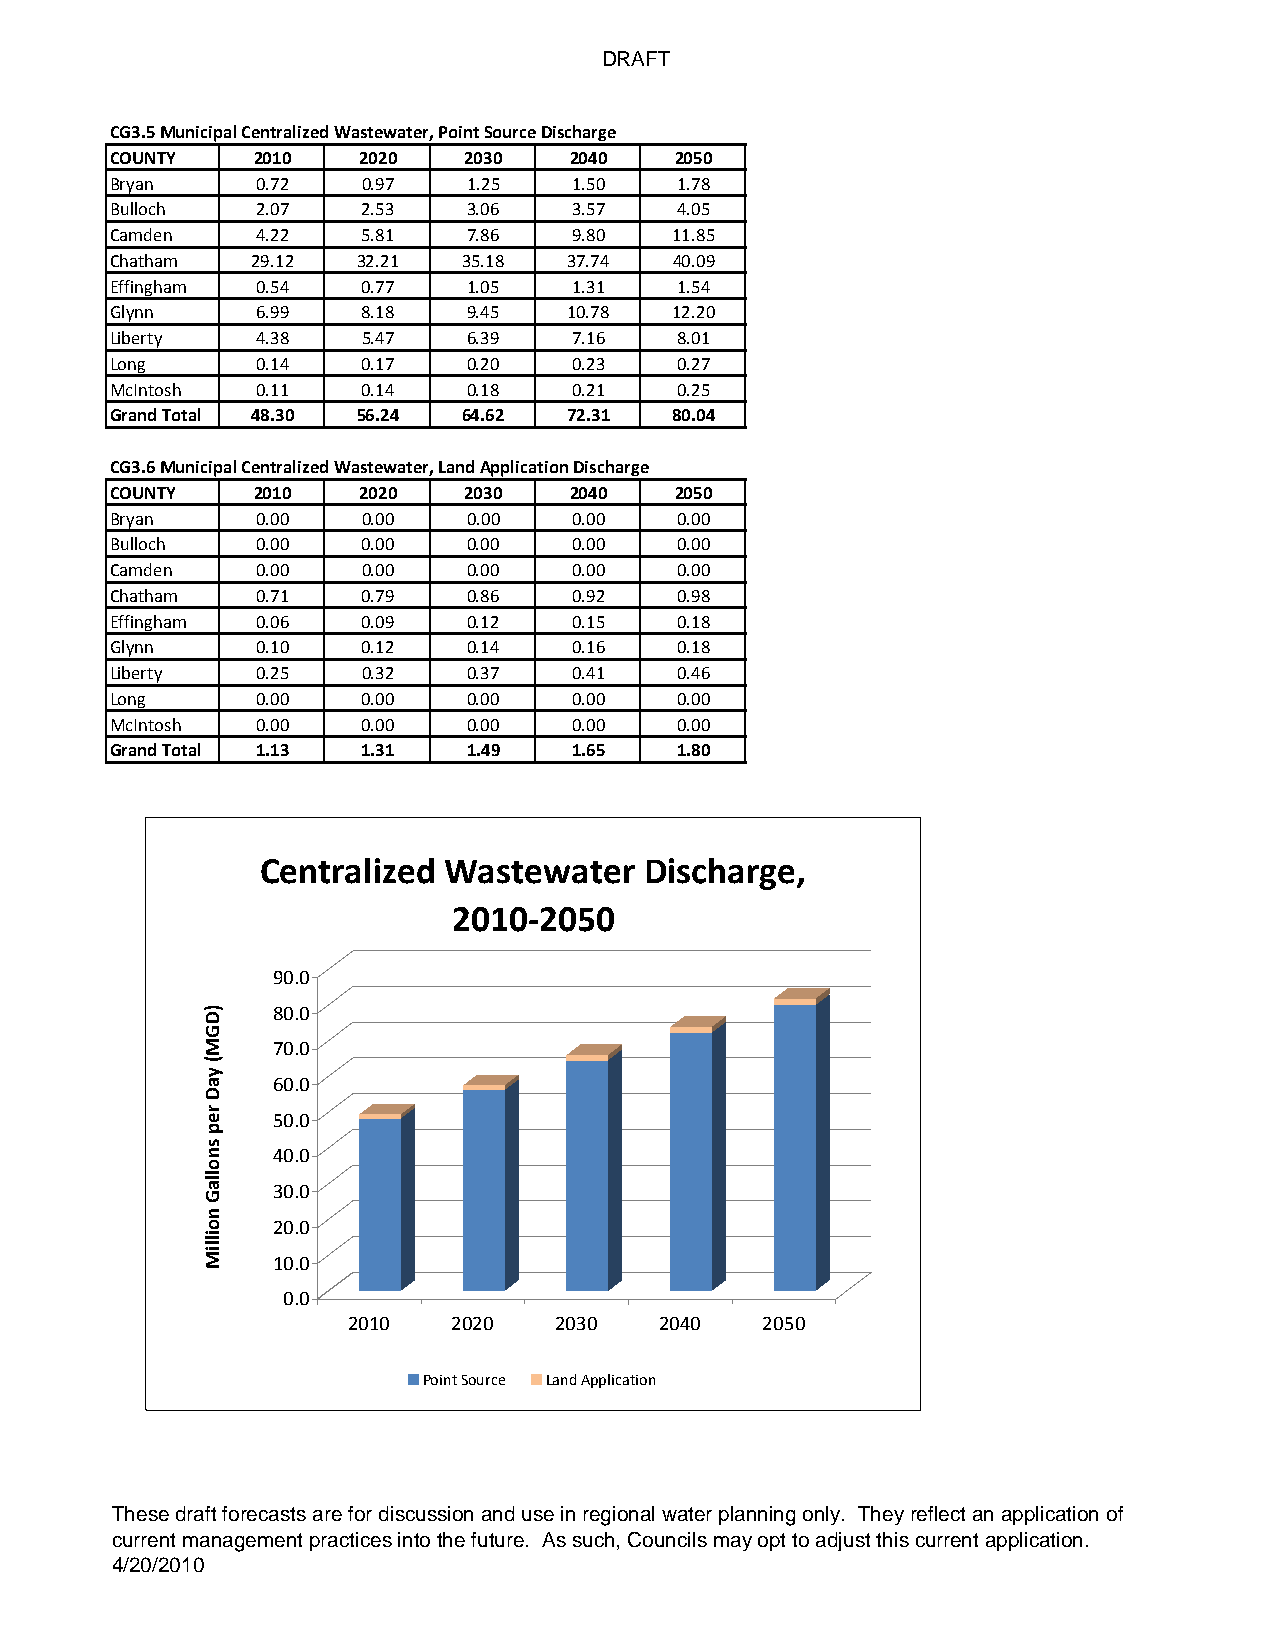
DRAFT
 CG3.5 Municipal Centralized Wastewater, Point Source Discharge
 COUNTY    2010   2020   2030   2040   2050
 Bryan     0.72   0.97   1.25   1.50   1.78
 Bulloch   2.07   2.53   3.06   3.57   4.05
 Camden    4.22   5.81   7.86   9.80   11.85
 Chatham   29.12  32.21  35.18  37.74  40.09
 Effingham 0.54   0.77   1.05   1.31   1.54
 Glynn     6.99   8.18   9.45   10.78  12.20
 Liberty   4.38   5.47   6.39   7.16   8.01
 Long      0.14   0.17   0.20   0.23   0.27
 McIntosh  0.11   0.14   0.18   0.21   0.25
 Grand Total 48.30 56.24 64.62  72.31  80.04
 CG3.6 Municipal Centralized Wastewater, Land Application Discharge
 COUNTY    2010   2020   2030   2040   2050
 Bryan     0.00   0.00   0.00   0.00   0.00
 Bulloch   0.00   0.00   0.00   0.00   0.00
 Camden    0.00   0.00   0.00   0.00   0.00
 Chatham   0.71   0.79   0.86   0.92   0.98
 Effingham 0.06   0.09   0.12   0.15   0.18
 Glynn     0.10   0.12   0.14   0.16   0.18
 Liberty   0.25   0.32   0.37   0.41   0.46
 Long      0.00   0.00   0.00   0.00   0.00
 McIntosh  0.00   0.00   0.00   0.00   0.00
 Grand Total 1.13 1.31   1.49   1.65   1.80
 Centralized Wastewater    Discharge,
 2010‐2050
 90.0
 80.0
 70.0
 60.0
 50.0
 40.0
 30.0
 20.0
 10.0
 0.0
 2010   2020   2030   2040   2050
 Point Source Land Application
 These draft forecasts are for discussion and use in regional water planning only. They reflect an application of
 current management practices into the future. As such, Councils may opt to adjust this current application.
 4/20/2010
 )DGM(
 yaD
 rep
 snollaG
 noilliM